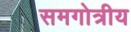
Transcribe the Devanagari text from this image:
समगोत्रीय